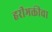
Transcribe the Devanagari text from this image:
हरीभक्तीचा